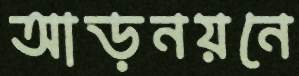
আড়নয়নে